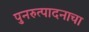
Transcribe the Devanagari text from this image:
पुनरुत्पादनाचा